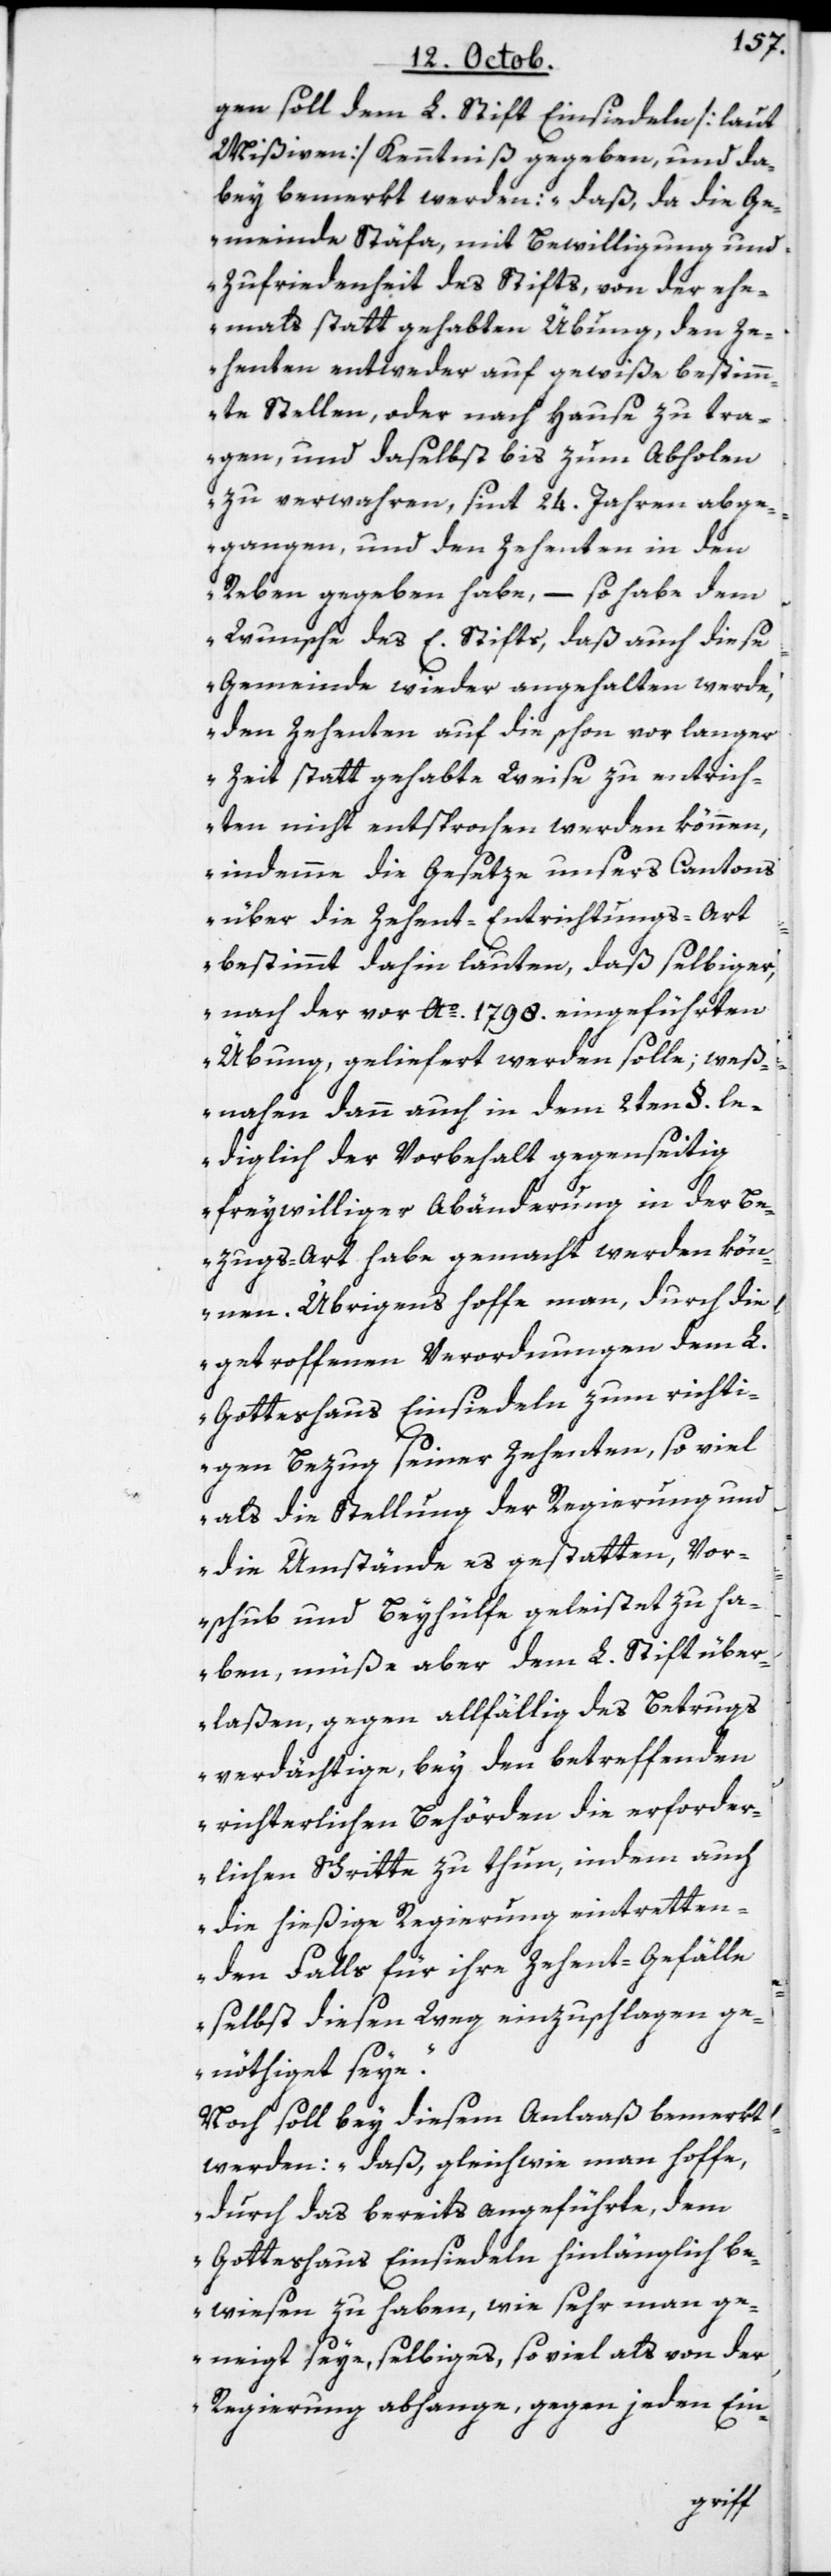
gen soll dem L. Stift Einsiedeln [laut
Mißiven] Kenntniß gegeben und da¬
bey bemerkt werden: „daß, da die Ge¬
meinde Stäfa mit Bewilligung und
Zufriedenheit des Stifts, von der ehe¬
mahls stattgehabten Übung, den Ze¬
henten entweder auf gewiße bestimm¬
te Stellen oder nach Hause zu tra¬
gen, und daselbst bis zum Abholen
zu verwahren, sint 24. Jahren abge¬
gangen, und den Zehenten in den
Reben gegeben habe, – so habe dem
Wunsche des E. Stifts, daß auch diese
Gemeinde wieder angehalten werde,
den Zehenten auf die schon vor langer
Zeit statt gehabte Weise zu entrich¬
ten nicht entsprochen werden können,
indemme die Gesetze unsers Cantons
über die Zehent-Entrichtungs-Art
bestimmt dahin lauten, daß selbiger,
nach der vor Ao. 1798. eingeführten
Übung, geliefert werden solle; weß¬
nahen dann auch in dem 2ten §. le¬
diglich der Vorbehalt gegenseitig
freywilliger Abänderung in der Be¬
zugs-Art habe gemacht werden kön¬
nen. Übrigens hoffe man, durch die
getroffenen Verordnungen dem L.
Gotteshaus Einsiedeln zum richti¬
gen Bezug seiner Zehenten, so viel
als die Stellung der Regierung und
die Umstände es gestatten, Vor¬
schub und Beyhülfe geleistet zu ha¬
ben, müße aber dem L. Stift über¬
laßen, gegen allfällig des Betrugs
verdächtige, bey den betreffenden
richterlichen Behörden die erforder¬
lichen Schritte zu thun, indem auch
die hießige Regierung eintretten¬
den Falls für ihre Zehent-Gefälle
selbst diesen Weg einzuschlagen ge¬
nöthiget seye“.
Noch soll bey diesem Anlaaß bemerkt
werden: „daß, gleichwie man hoffe,
durch das bereits angeführte, dem
Gotteshaus Einsiedeln hinlänglich be¬
wiesen zu haben, wie sehr man ge¬
neigt seye, selbiges so viel als von der
Regierung abhange, gegen jeden Ein-